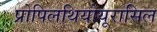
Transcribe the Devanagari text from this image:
प्रोपिलथियोयूरासिल